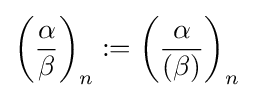
\left({\frac {\alpha }{\beta }}\right)_{n}:=\left({\frac {\alpha }{(\beta )}}\right)_{n}